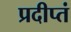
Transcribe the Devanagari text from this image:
प्रदीप्तं